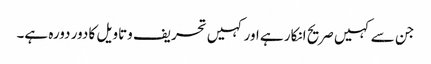
جن سے کہیں صریح انکار ہے اور کہیں تحریف وتاویل کا دور دورہ ہے۔